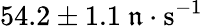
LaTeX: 54.2\pm1.1~\mathfrak{n}\cdot\mathrm{{s^{-1}}}